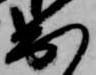
出